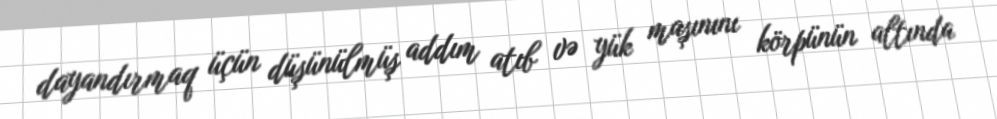
dayandırmaq üçün düşünülmüş addım atıb və yük maşınını körpünün altında